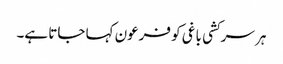
ہر سرکشی باغی کو فرعون کہا جاتا ہے۔